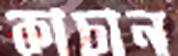
কাচান